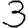
Digit: 3